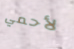
لأحمي